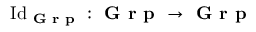
{ \mathrm { I d } } _ { \textbf { G r p } } : { \textbf { G r p } } \to { \textbf { G r p } }